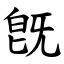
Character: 旣